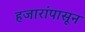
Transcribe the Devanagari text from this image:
हजारांपासून